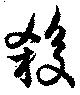
殺